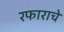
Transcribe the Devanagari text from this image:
रफाराचे